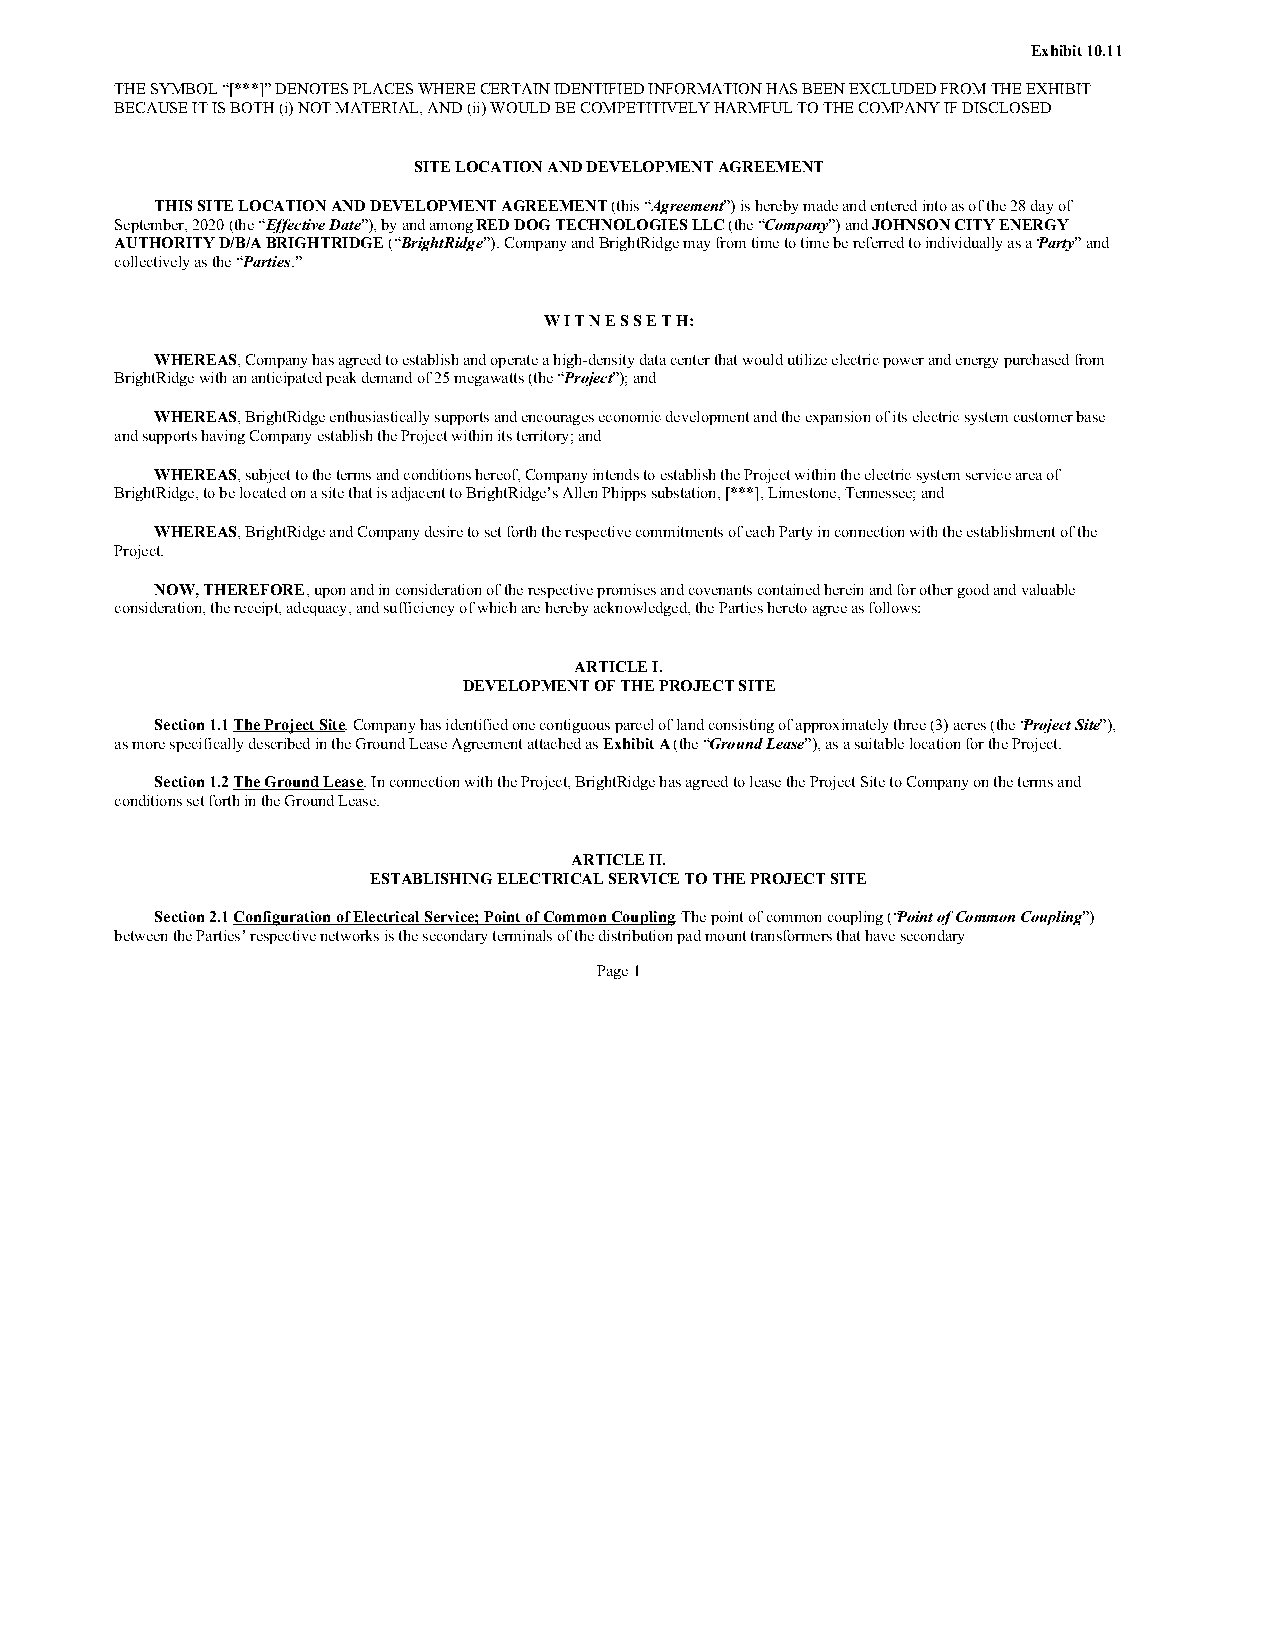
Exhibit 10.11
 THE SYMBOL “[***]” DENOTES PLACES WHERE CERTAIN IDENTIFIED INFORMATION HAS BEEN EXCLUDED FROM THE EXHIBIT
 BECAUSE IT IS BOTH (i) NOT MATERIAL, AND (ii) WOULD BE COMPETITIVELY HARMFUL TO THE COMPANY IF DISCLOSED
 SITE LOCATION AND DEVELOPMENT AGREEMENT
 THIS SITE LOCATION AND DEVELOPMENT AGREEMENT (this “Agreement”) is hereby made and entered into as of the 28 day of
 September, 2020 (the “Effective Date”), by and among RED DOG TECHNOLOGIES LLC (the “Company”) and JOHNSON CITY ENERGY
 AUTHORITY D/B/A BRIGHTRIDGE (“BrightRidge”). Company and BrightRidge may from time to time be referred to individually as a “Party” and
 collectively as the “Parties.”
 W I T N E S S E T H:
 WHEREAS, Company has agreed to establish and operate a high-density data center that would utilize electric power and energy purchased from
 BrightRidge with an anticipated peak demand of 25 megawatts (the “Project”); and
 WHEREAS, BrightRidge enthusiastically supports and encourages economic development and the expansion of its electric system customer base
 and supports having Company establish the Project within its territory; and
 WHEREAS, subject to the terms and conditions hereof, Company intends to establish the Project within the electric system service area of
 BrightRidge, to be located on a site that is adjacent to BrightRidge’s Allen Phipps substation, [***], Limestone, Tennessee; and
 WHEREAS, BrightRidge and Company desire to set forth the respective commitments of each Party in connection with the establishment of the
 Project.
 NOW, THEREFORE, upon and in consideration of the respective promises and covenants contained herein and for other good and valuable
 consideration, the receipt, adequacy, and sufficiency of which are hereby acknowledged, the Parties hereto agree as follows:
 ARTICLE I.
 DEVELOPMENT OF THE PROJECT SITE
 Section 1.1 The Project Site. Company has identified one contiguous parcel of land consisting of approximately three (3) acres (the “Project Site”),
 as more specifically described in the Ground Lease Agreement attached as Exhibit A (the “Ground Lease”), as a suitable location for the Project.
 Section 1.2 The Ground Lease. In connection with the Project, BrightRidge has agreed to lease the Project Site to Company on the terms and
 conditions set forth in the Ground Lease.
 ARTICLE II.
 ESTABLISHING ELECTRICAL SERVICE TO THE PROJECT SITE
 Section 2.1 Configuration of Electrical Service; Point of Common Coupling. The point of common coupling (“Point of Common Coupling”)
 between the Parties’ respective networks is the secondary terminals of the distribution pad mount transformers that have secondary
 Page 1